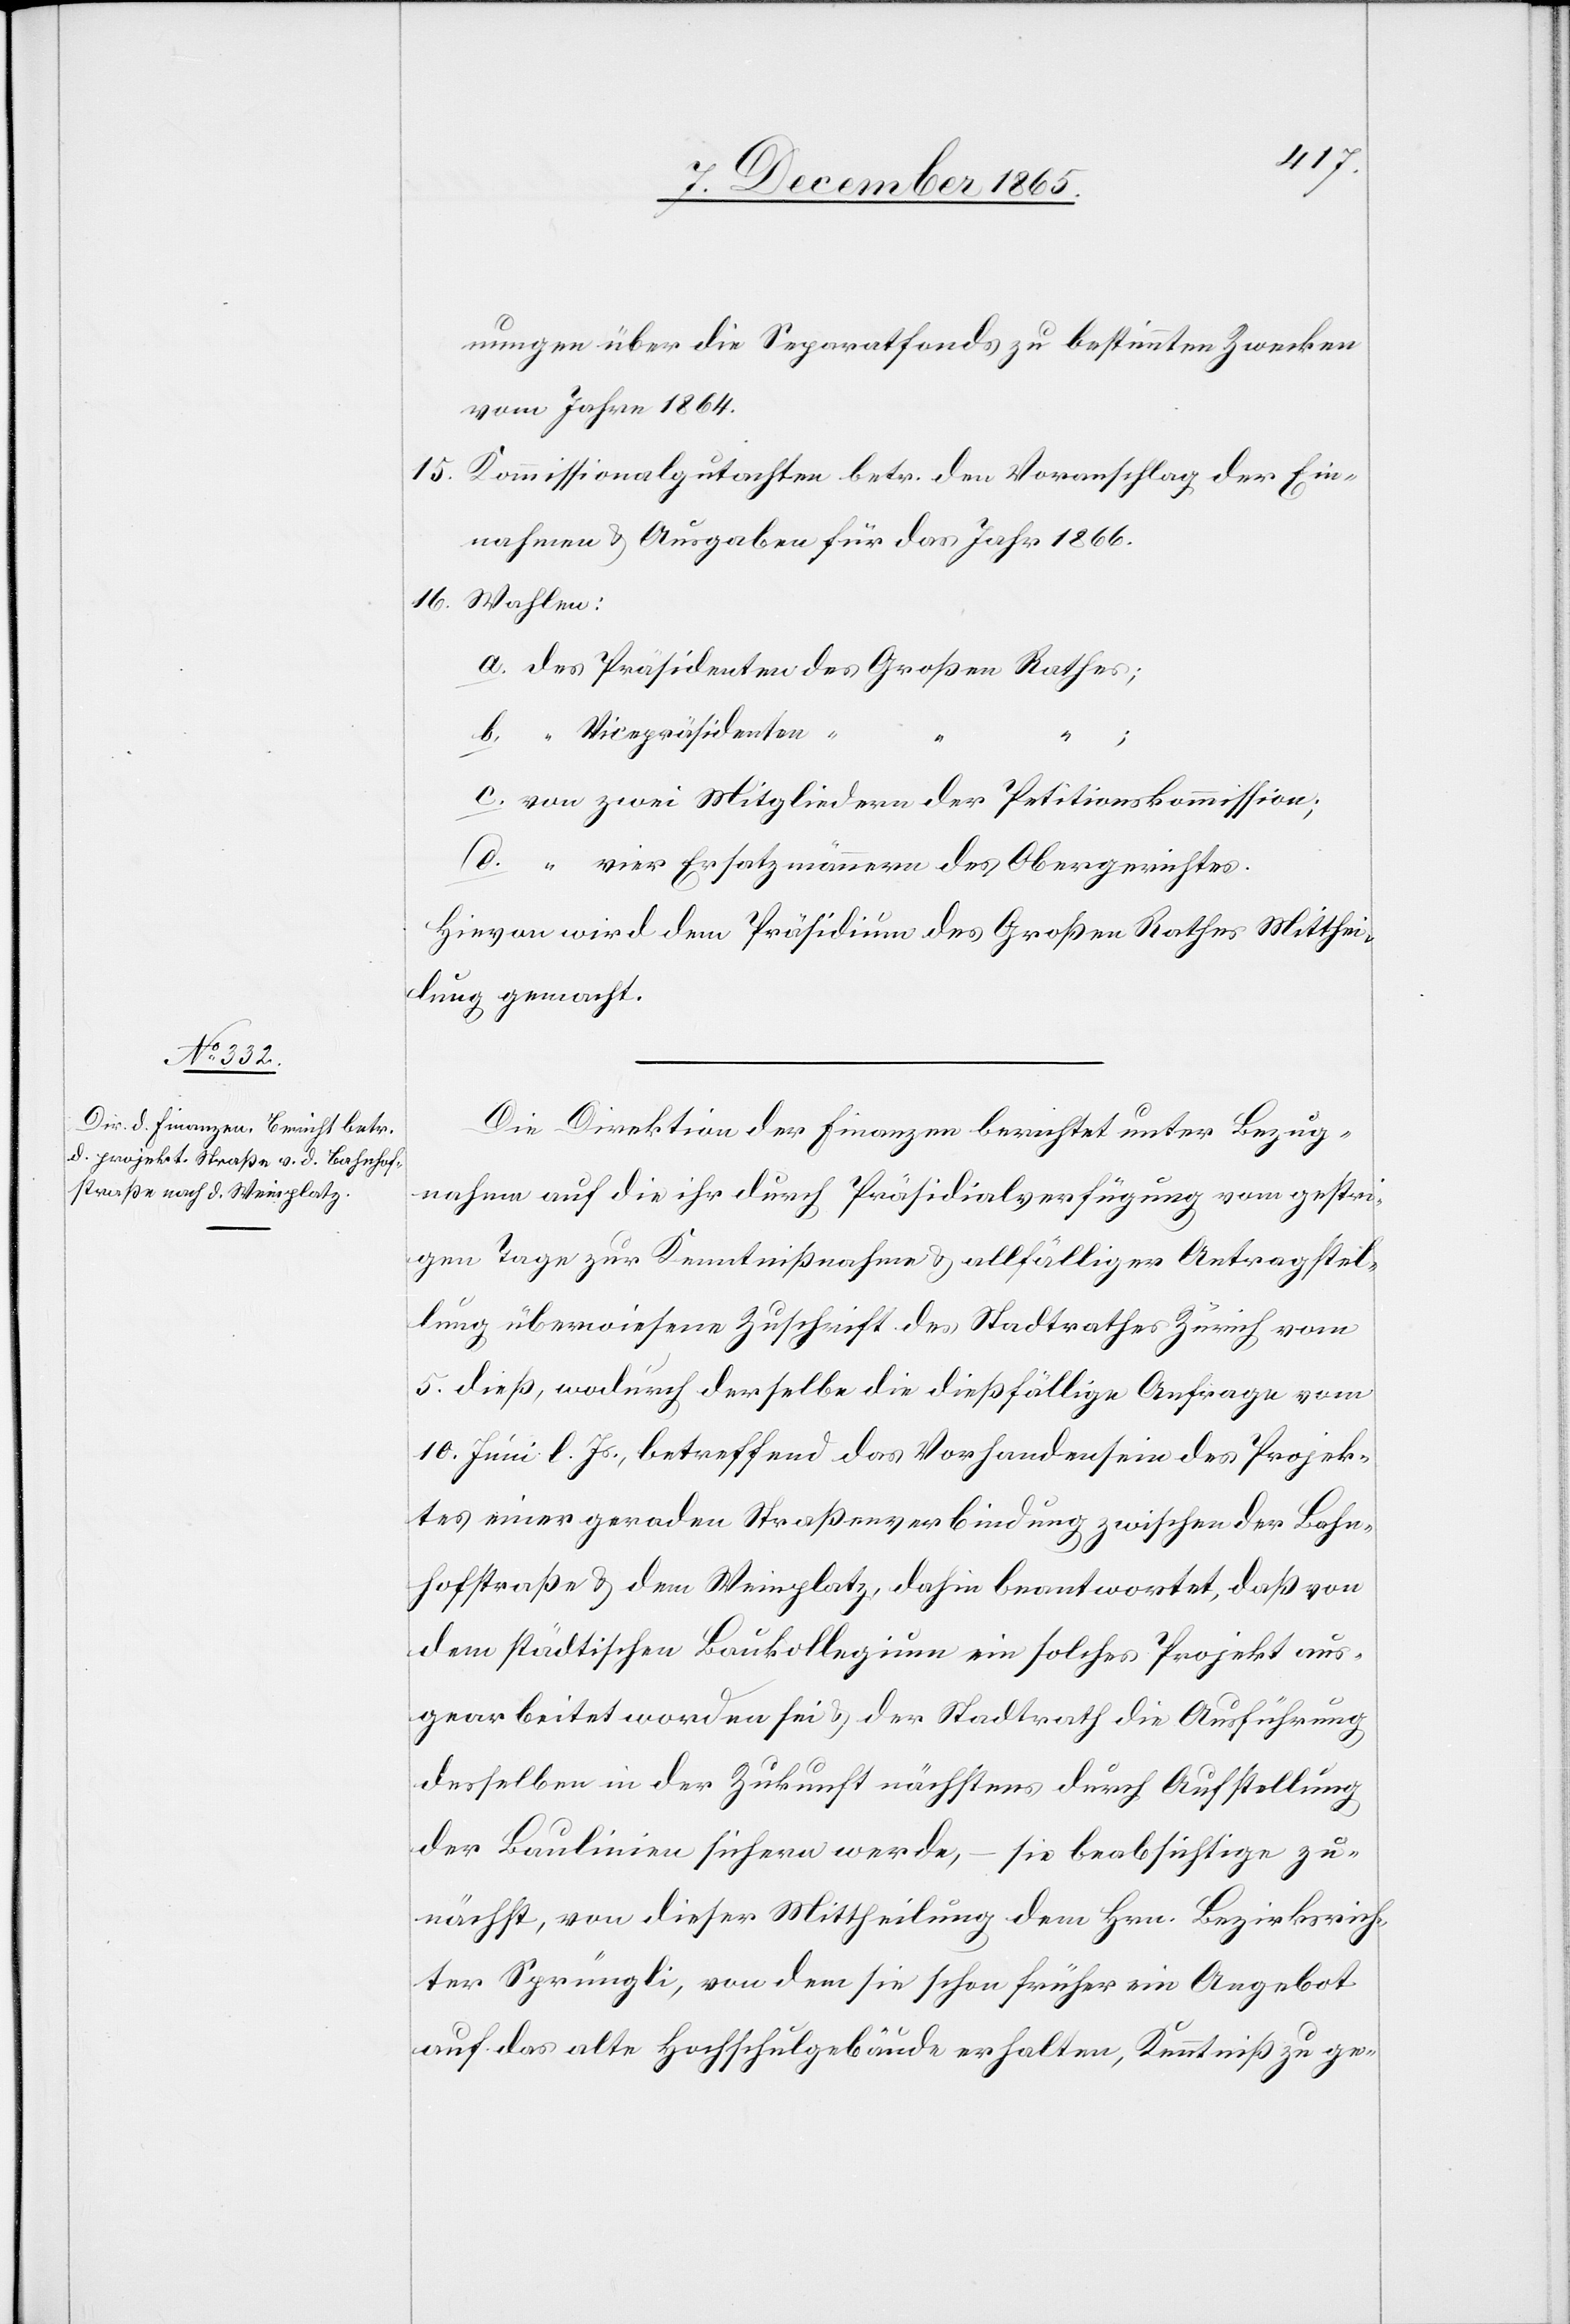
nungen über die Separatfonds zu bestimmten Zwecken
vom Jahre 1864.
15. Kommissionalgutachten betr. den Voranschlag der Ein¬
nahmen & Ausgaben für das Jahr 1866.
16. Wahlen:
d.
vier Ersatzmännern des Obergerichtes.
Hievon wird dem Präsidium des Großen Rathes Mitthei¬
lung gemacht.
Die Direktion der Finanzen berichtet unter Bezug¬
nahme auf die ihr durch Präsidialverfügung vom gestri¬
gen Tage zur Kenntnißnahme & allfälligen Antragstel¬
lung überwiesene Zuschrift des Stadtrathes Zürich vom
5. dieß, wodurch derselbe die dießfällige Anfrage vom
10. Juni l. Js., betreffend das Vorhandensein des Projek¬
tes einer geraden Straßenverbindung zwischen der Bahn¬
hofstraße & dem Weinplatz, dahin beantwortet, daß von
dem städtischen Baukollegium ein solches Projekt aus¬
gearbeitet worden sei & der Stadtrath die Ausführung
desselben in der Zukunft nächstens durch Aufstellung
der Baulinie sichern werde, – sie beabsichtige zu¬
nächst, von dieser Mittheilung dem Hrn. Bezirksrich¬
ter Sprüngli, von dem sie schon früher ein Angebot
auf das alte Hochschulgebäude erhalten, Kenntniß zu ge-